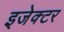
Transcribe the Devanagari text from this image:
इजेक्टर